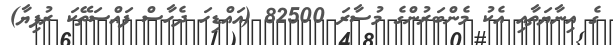
ގެ އިނާޔަތާއި އެކު މެންބަރުންގެ މުސާރަ 82500 (އައްޑިހަ ދެހާސް ފައްސަތޭކަ ރުފިޔާ)